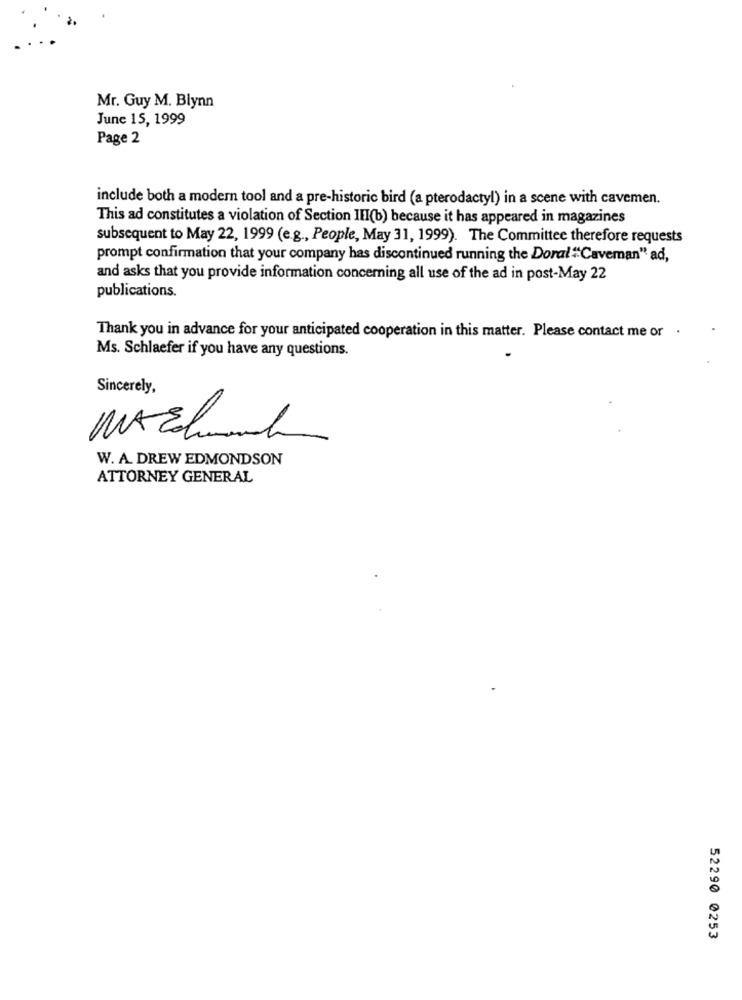
Mr. Guy M. Blynn
June 15, 1999
Page 2
include both a modern tool and a pre-historic bird (a pterodactyl) in a scene with cavemen.
This ad constitutes a violation of Section III(b) because it has appeared in magazines
subsequent to May 22, 1999 (e.g ., People, May 31, 1999). The Committee therefore requests
prompt confirmation that your company has discontinued running the Doral "Caveman" ad,
and asks that you provide information concerning all use of the ad in post-May 22
publications.
Thank you in advance for your anticipated cooperation in this matter. Please contact me or .
Ms. Schlaefer if you have any questions.
Sincerely,
W. A. DREW EDMONDSON
ATTORNEY GENERAL
52290 0253